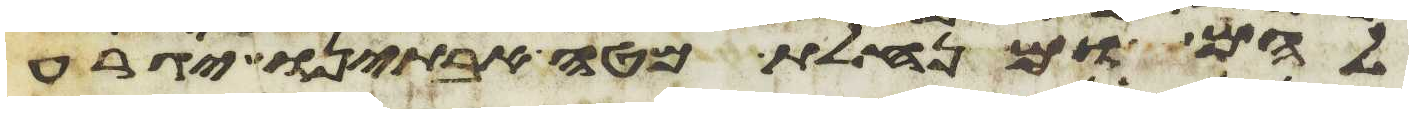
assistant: להם ומנחלת מטה אבתינו יגרע